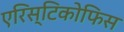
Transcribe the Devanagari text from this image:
एरिस्टिकोफिस